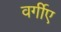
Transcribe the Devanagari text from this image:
वर्गीए